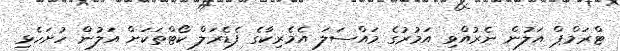
ޓްރަމްޕް އަލުން ނެރުއްވި އަމުރުގެ މައްސަލަ އެމެރިކާގެ ފެޑެރަލް ކޯޓްތަކަށް އަލުން ހުށަހެޅި